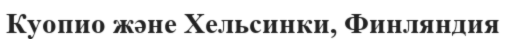
Куопио және Хельсинки, Финляндия